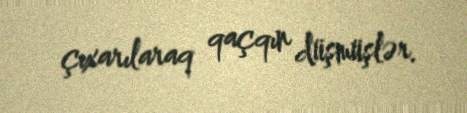
çıxarılaraq qaçqın düşmüşlər.